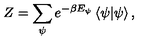
Z = \sum _ { \psi } e ^ { - \beta E _ { \psi } } \left\langle \psi | \psi \right\rangle ,